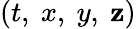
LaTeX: \left(t,~x,~y,~\mathbf{z}\right)